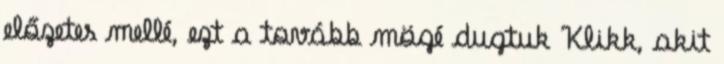
előzetes mellé, ezt a tovább mögé dugtuk Klikk, akit